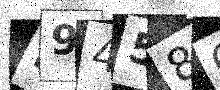
Text: E9458Q